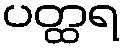
ပတ္ထရ